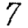
Digit: 7